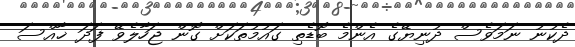
ދެކުނު ނަމަވެސް ދުނިޔޭގެ އެންމެ ބޮޑެތި ގައުމުތަކަށް ގޮން ޖަހާލެވޭ ފަދަ ޚާއްސަ